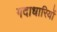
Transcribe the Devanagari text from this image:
गदाधारियों